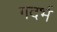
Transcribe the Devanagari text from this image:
गदर्भ